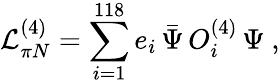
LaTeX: {\cal L}_{\pi N}^{(4)}=\sum_{i=1}^{118}e_{i}\, \bar{\Psi}\, O_{i}^{(4)}\, \Psi~,